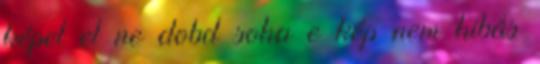
képet el ne dobd soha e kép nem hibás